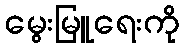
မွေးမြူရေးကို